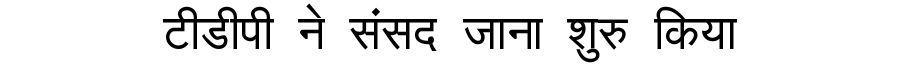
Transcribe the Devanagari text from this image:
टीडीपी ने संसद जाना शुरु किया